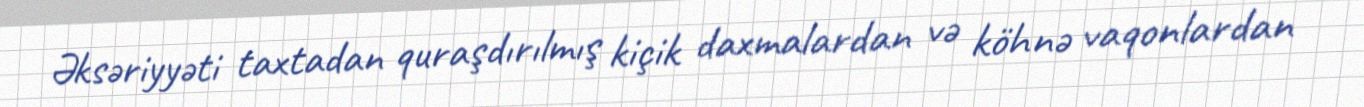
Əksəriyyəti taxtadan quraşdırılmış kiçik daxmalardan və köhnə vaqonlardan